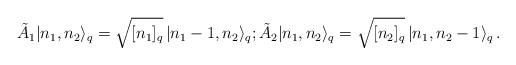
LaTeX: \begin{align*} \tilde A_1\vert n_1,n_2\rangle_q = \sqrt{[n_1]_q}\,\vert n_1-1,n_2\rangle_q; \tilde A_2\vert n_1,n_2\rangle_q = \sqrt{[n_2]_q}\,\vert n_1,n_2-1\rangle_q \,.\end{align*}